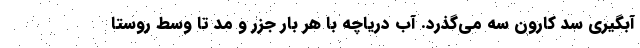
آبگیری سد کارون سه می‌گذرد. آب دریاچه با هر بار جزر و مد تا وسط روستا